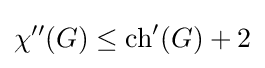
\chi ''(G)\leq \operatorname {ch} '(G)+2